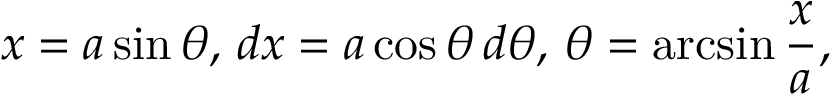
x = a \sin \theta , \, d x = a \cos \theta \, d \theta , \, \theta = \arcsin { \frac { x } { a } } ,